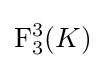
\mathrm {F} _{3}^{3}(K)